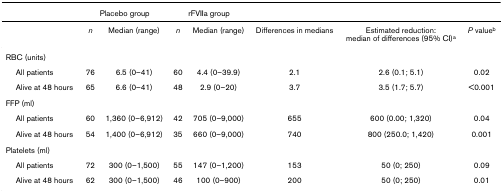
|  | <COLSPAN=2> Placebo group | <COLSPAN=2> rFVIIa group |  |  |  |
 | --- | --- | --- | --- | --- | --- | --- | --- |
 |  | n | Median (range) | n | Median (range) | Differences in medians | Estimated reduction: median of differences (95% CI)a | P valueb |
 | RBC (units) |  |  |  |  |  |  |  |
 | All patients | 76 | 6.5 (0–41) | 60 | 4.4 (0–39.9) | 2.1 | 2.6 (0.1; 5.1) | 0.02 |
 | Alive at 48 hours | 65 | 6.6 (0–41) | 48 | 2.9 (0–20) | 3.7 | 3.5 (1.7; 5.7) | <0.001 |
 | FFP (ml) |  |  |  |  |  |  |  |
 | All patients | 60 | 1,360 (0–6,912) | 42 | 705 (0–9,000) | 655 | 600 (0.00; 1,320) | 0.04 |
 | Alive at 48 hours | 54 | 1,400 (0–6,912) | 35 | 660 (0–9,000) | 740 | 800 (250.0; 1,420) | 0.001 |
 | Platelets (ml) |  |  |  |  |  |  |  |
 | All patients | 72 | 300 (0–1,500) | 55 | 147 (0–1,200) | 153 | 50 (0; 250) | 0.09 |
 | Alive at 48 hours | 62 | 300 (0–1,500) | 46 | 100 (0–900) | 200 | 50 (0; 250) | 0.01 |